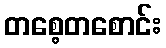
တစေ့တစောင်း